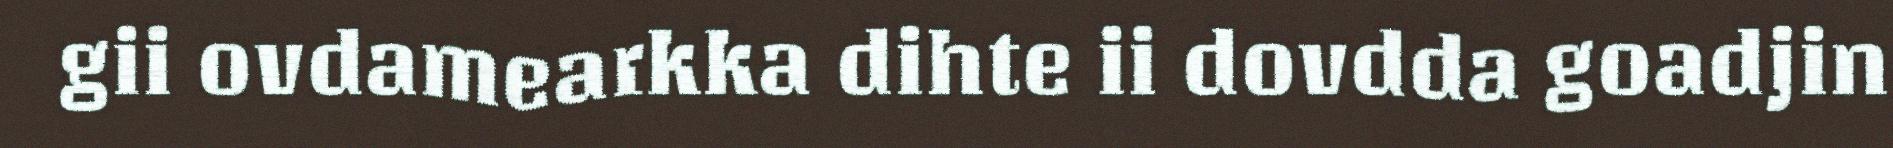
gii ovdamearkka dihte ii dovdda goadjin